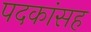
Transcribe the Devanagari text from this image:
पदकांसह